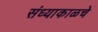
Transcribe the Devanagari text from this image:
संध्याकाळचे